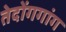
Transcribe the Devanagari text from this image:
तेदोंगगांग